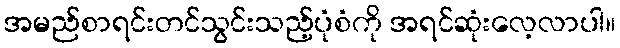
အမည်စာရင်းတင်သွင်းသည့်ပုံစံကို အရင်ဆုံးလေ့လာပါ။